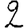
Digit: 2